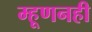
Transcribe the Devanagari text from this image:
म्हूणनही